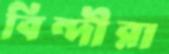
বিন্দীরা